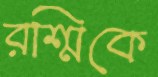
রশ্মিকে